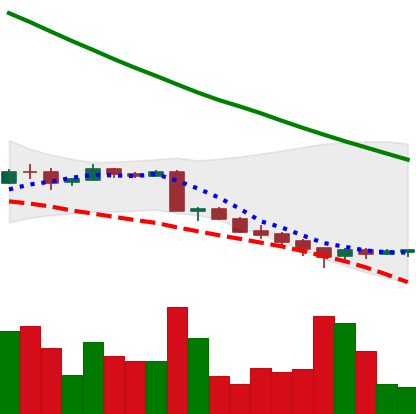
Ticker: ADA-USD
Chart end date: 2018-09-16
Forward return: 25.218%
Label: up_7plus